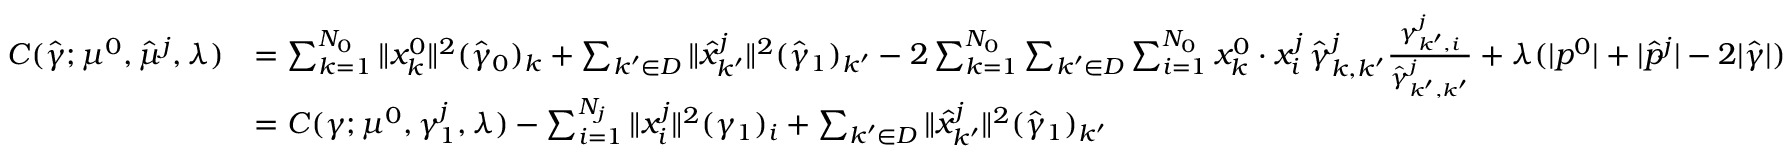
\begin{array} { r l } { C ( \hat { \gamma } ; \mu ^ { 0 } , \hat { \mu } ^ { j } , \lambda ) } & { = \sum _ { k = 1 } ^ { N _ { 0 } } \| x _ { k } ^ { 0 } \| ^ { 2 } ( \hat { \gamma } _ { 0 } ) _ { k } + \sum _ { k ^ { \prime } \in D } \| \hat { x } _ { k ^ { \prime } } ^ { j } \| ^ { 2 } ( \hat { \gamma } _ { 1 } ) _ { k ^ { \prime } } - 2 \sum _ { k = 1 } ^ { N _ { 0 } } \sum _ { k ^ { \prime } \in D } \sum _ { i = 1 } ^ { N _ { 0 } } x _ { k } ^ { 0 } \cdot x _ { i } ^ { j } \, \hat { \gamma } _ { k , k ^ { \prime } } ^ { j } \frac { \gamma _ { k ^ { \prime } , i } ^ { j } } { \hat { \gamma } _ { k ^ { \prime } , k ^ { \prime } } ^ { j } } + \lambda ( | p ^ { 0 } | + | \hat { p } ^ { j } | - 2 | \hat { \gamma } | ) } \\ & { = C ( \gamma ; \mu ^ { 0 } , \gamma _ { 1 } ^ { j } , \lambda ) - \sum _ { i = 1 } ^ { N _ { j } } \| x _ { i } ^ { j } \| ^ { 2 } ( \gamma _ { 1 } ) _ { i } + \sum _ { k ^ { \prime } \in D } \| \hat { x } _ { k ^ { \prime } } ^ { j } \| ^ { 2 } ( \hat { \gamma } _ { 1 } ) _ { k ^ { \prime } } } \end{array}